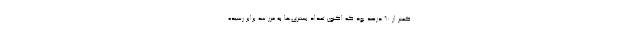
کمتر از ۶۰ درصد بود که اکنون تعداد بستری‌ها به مرز سه برابر رسیده